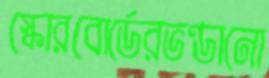
স্কোরবোর্ডেরভণ্ডানো